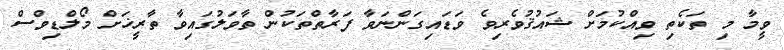
ވީމާ މި ތަކެތި ވިއްކުމަށް ޝައުޤުވެރިވެ ވަޑައިގަންނަވާ ފަރާތްތަކުން ތާވަލުގައިވާ ތާރީޚަށް މޯލްޑިވްސް